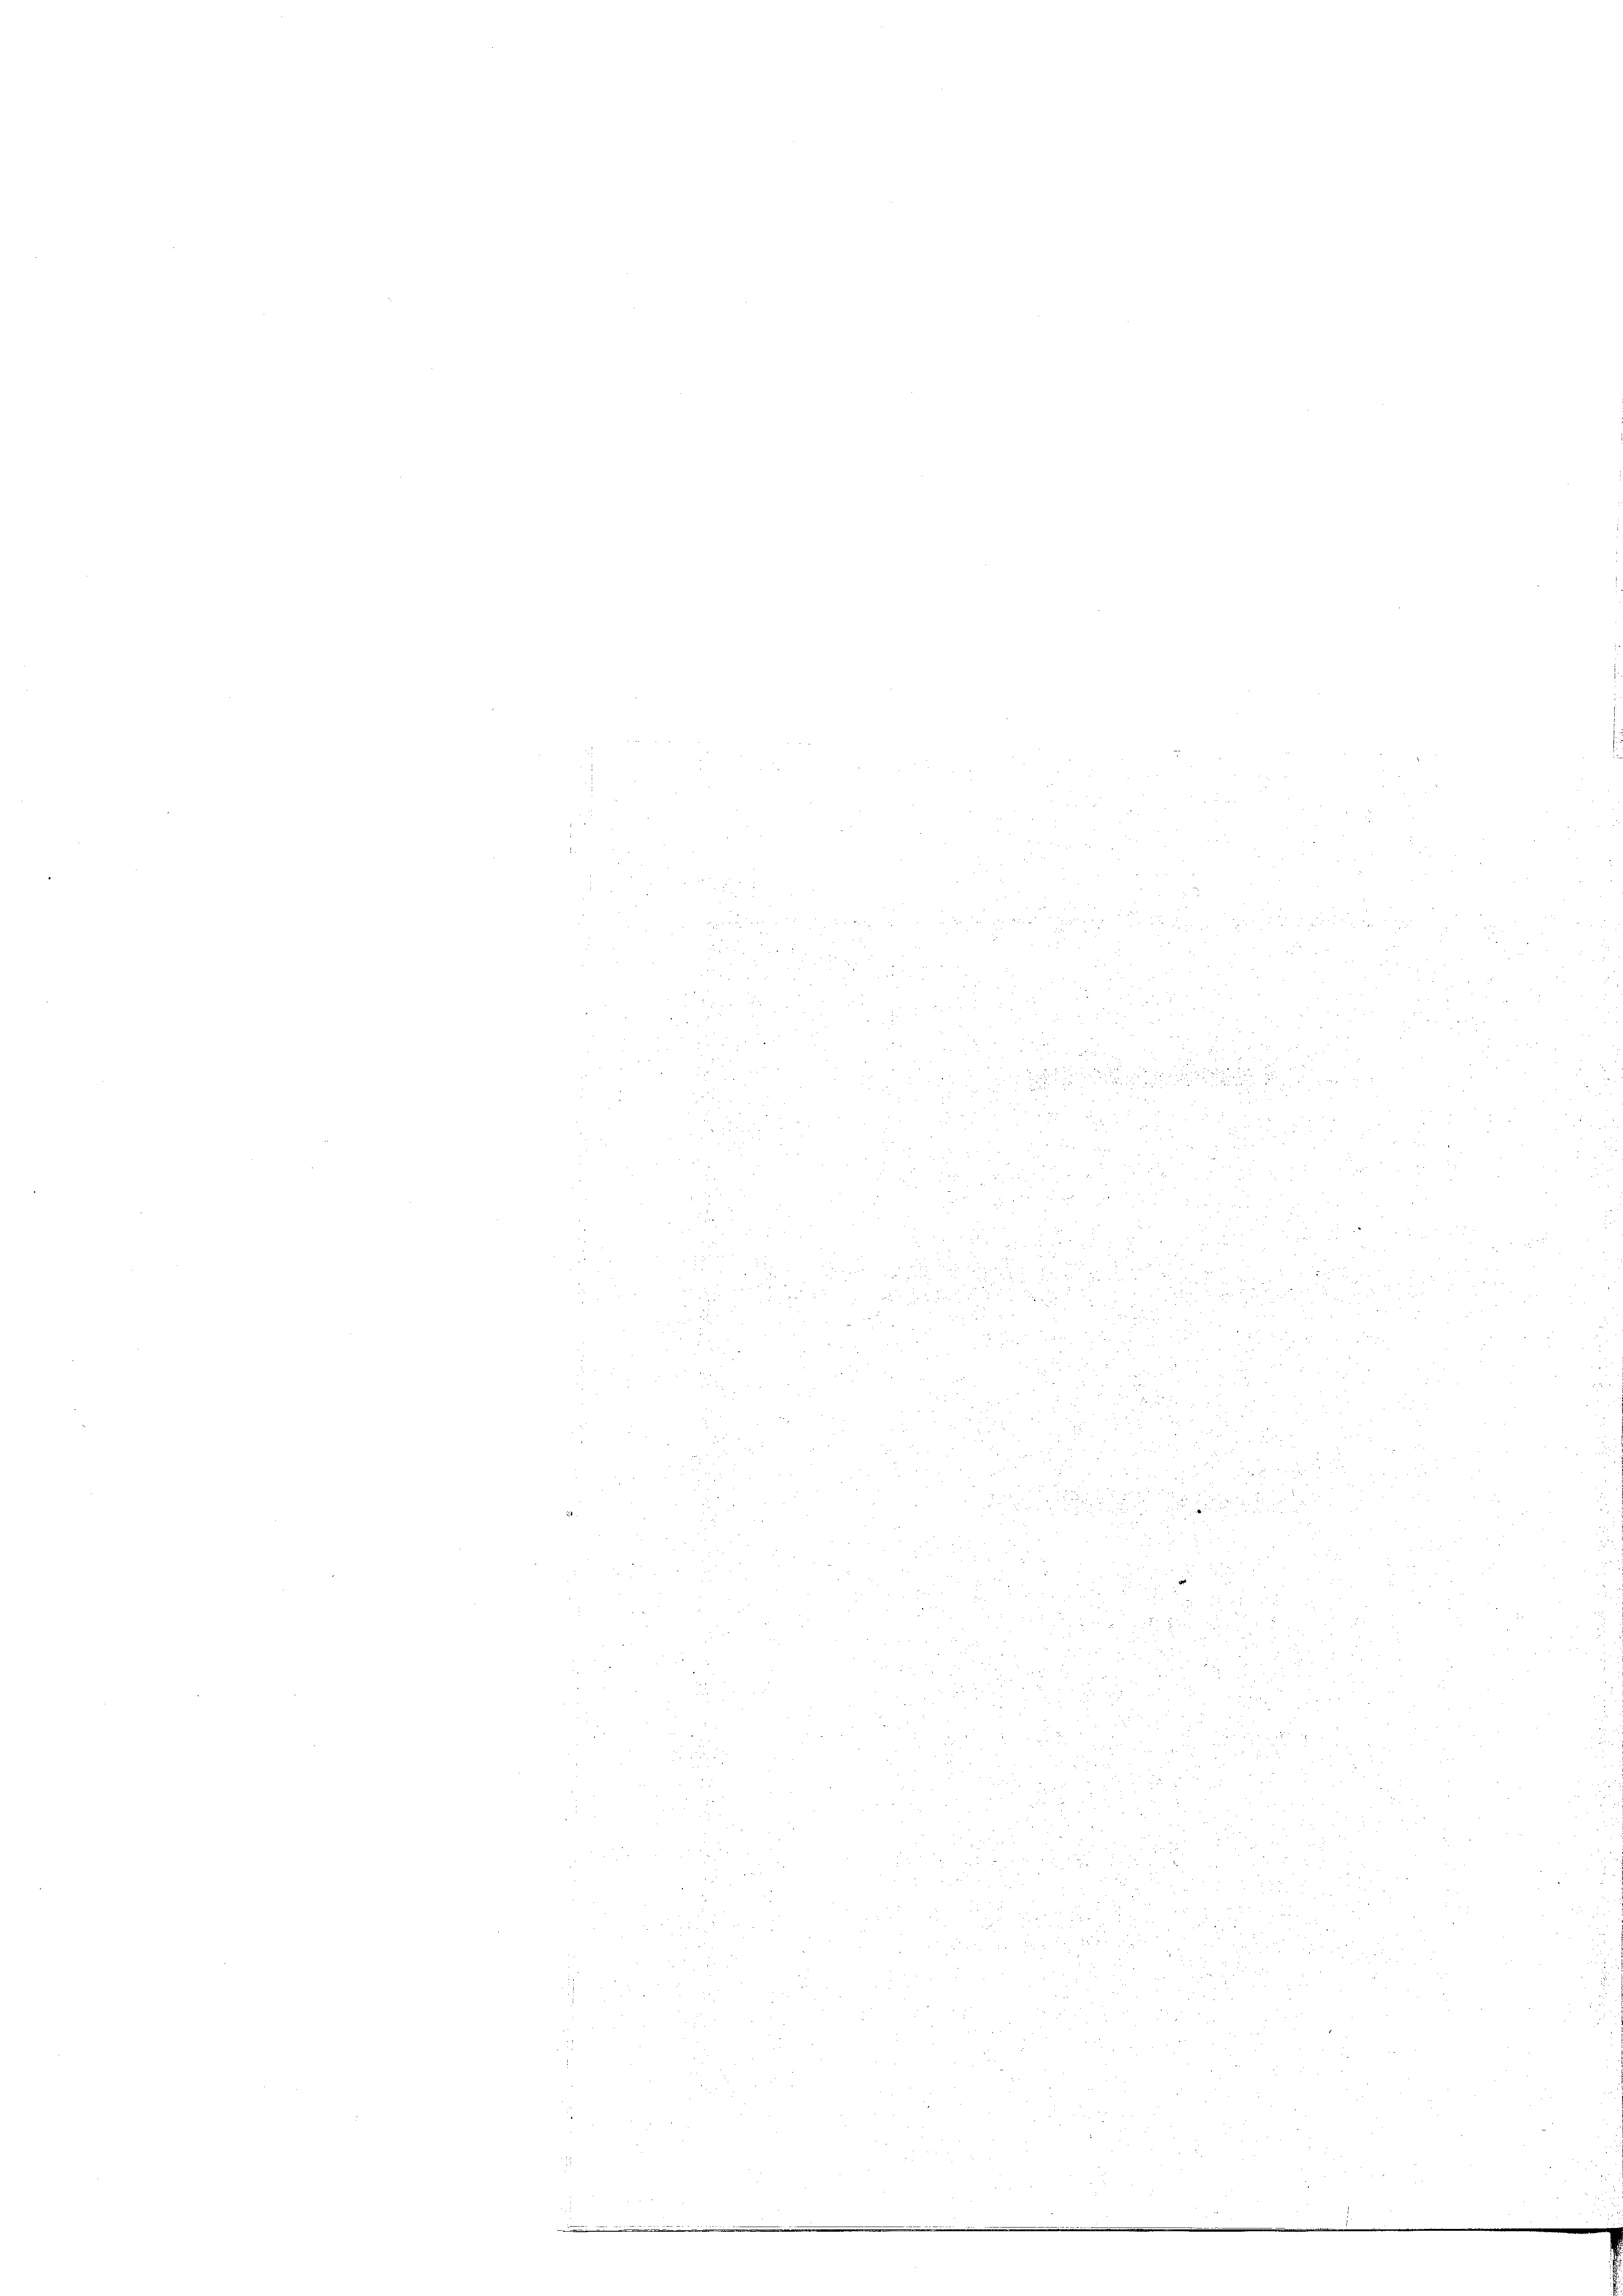
u

3
u
3
 x 2
d

3
u
.
 8 x

258

.
.
2.